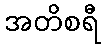
အတိစရီ